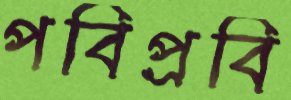
পবিপ্রবি